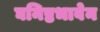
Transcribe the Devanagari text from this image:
घनिष्ठभावेन